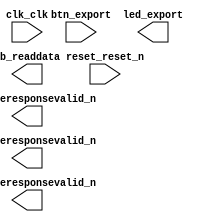

module architecture (
	clk_clk,
	reset_reset_n,
	btn_export,
	led_export,
	rw_writeresponsevalid_n,
	en_writeresponsevalid_n,
	rs_writeresponsevalid_n,
	db_readdata);	

	input		clk_clk;
	input		reset_reset_n;
	input	[3:0]	btn_export;
	output	[3:0]	led_export;
	output		rw_writeresponsevalid_n;
	output		en_writeresponsevalid_n;
	output		rs_writeresponsevalid_n;
	output	[7:0]	db_readdata;
endmodule